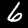
Label: 6